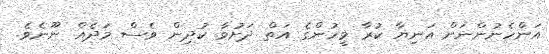
އަންހެނުންނަށް އަނިޔާ ކުރާ މީހުންގެ އަތް ދަށުވާ ކުދިން ވެސް މަދެއް ނޫނެވެ.